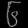
Digit: ၆